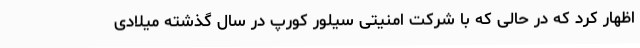
اظهار کرد که در حالی که با شرکت امنیتی سیلور کورپ در سال گذشته میلادی